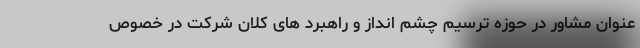
عنوان مشاور در حوزه ترسیم چشم انداز و راهبرد های کلان شرکت در خصوص